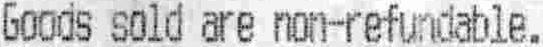
GOODS SOLD ARE NON-REFUNDABLE.